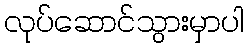
လုပ်ဆောင်သွားမှာပါ